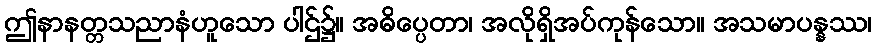
ဤနာနတ္တသညာနံဟူသော ပါဌ်၌။ အဓိပ္ပေတာ၊ အလိုရှိအပ်ကုန်သော။ အသမာပန္နဿ၊